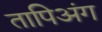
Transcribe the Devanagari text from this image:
तापिअंग